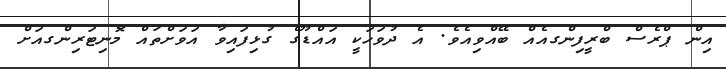
އިން ޕްރެސް ބްރީފިންގއެއް ބޭއްވިއެވެ. އެ ދުވަހަކީ އައްޑޫގެ ގުޅިފައިވާ އަވަށްތައް މޮނިޓަރިންގއަށް